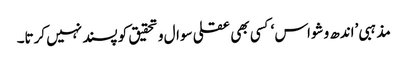
مذہبی ’اندھ وشواس ‘کسی بھی عقلی سوال و تحقیق کو پسند نہیں کرتا۔